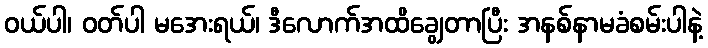
ဝယ်ပါ၊ ဝတ်ပါ မအေးရယ်၊ ဒီလောက်အထိချွေတာပြီး အနစ်နာမခံစမ်းပါနဲ့